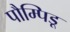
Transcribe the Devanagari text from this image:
पौम्पिडू